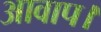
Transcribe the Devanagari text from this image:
आवाप।